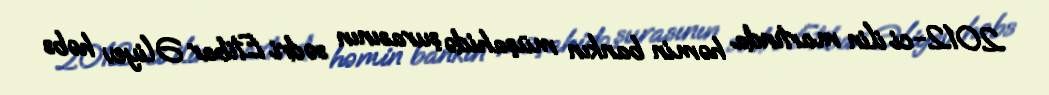
2012-ci ilin martında həmin bankın müşahidə şurasının sədri Etibar Əliyev həbs